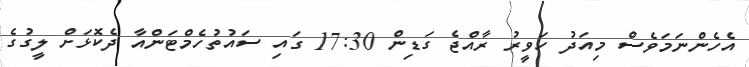
އެހެންނަމަވެސް މިއަދު ހަވީރު ރާއްޖެ ގަޑިން 17:30 ގައި ސައުތުހެމްޓަންއާ ދެކޮޅަށް ލީގުގެ